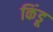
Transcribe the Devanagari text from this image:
किंडू